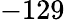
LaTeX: -129